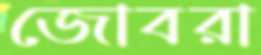
জোবরা